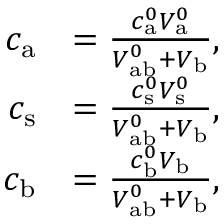
\begin{array} { r l } { c _ { \mathrm { a } } } & { = \frac { c _ { \mathrm { a } } ^ { 0 } V _ { \mathrm { a } } ^ { 0 } } { V _ { \mathrm { a b } } ^ { 0 } + V _ { \mathrm { b } } } , } \\ { c _ { \mathrm { s } } } & { = \frac { c _ { \mathrm { s } } ^ { 0 } V _ { \mathrm { s } } ^ { 0 } } { V _ { \mathrm { a b } } ^ { 0 } + V _ { \mathrm { b } } } , } \\ { c _ { \mathrm { b } } } & { = \frac { c _ { \mathrm { b } } ^ { 0 } V _ { \mathrm { b } } } { V _ { \mathrm { a b } } ^ { 0 } + V _ { \mathrm { b } } } , } \end{array}